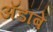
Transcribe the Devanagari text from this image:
ॲडॉबे